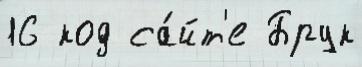
16 код са́йт'е Брук